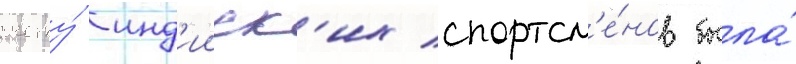
счету́ инд'ииск'их спортсм'е́нов была́